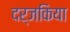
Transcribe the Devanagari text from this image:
दर्जकिया